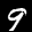
Label: 9